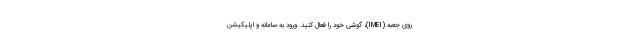
روی جعبه (IMEI)، گوشی خود را فعال کنید. ورود به سامانه و اپلیکیشن